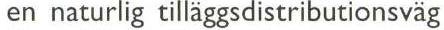
en naturlig tilläggsdistributionsväg